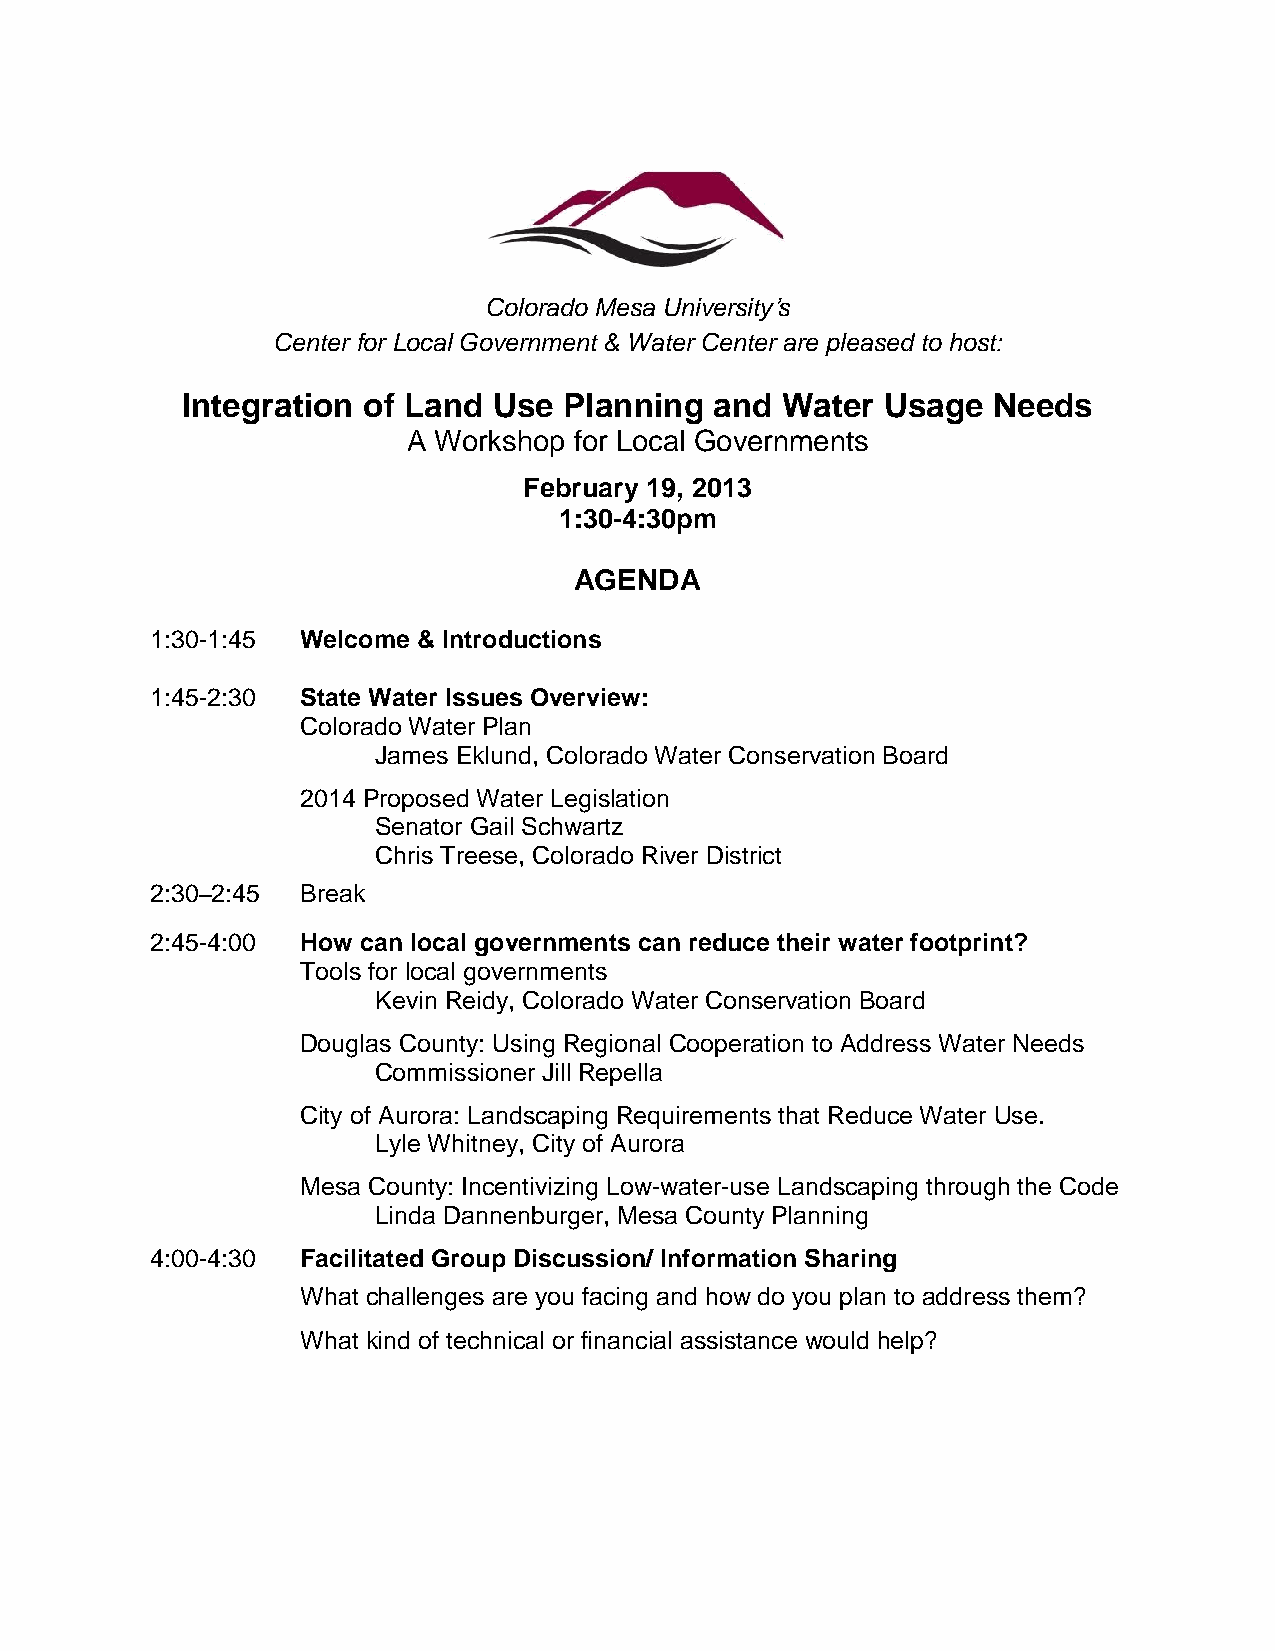
Colorado Mesa University’s
 Center for Local Government & Water Center are pleased to host:
 Integration of Land  Use Planning  and  Water  Usage  Needs
 A Workshop for Local Governments
 February 19, 2013
 1:30-4:30pm
 AGENDA
 1:30-1:45 Welcome & Introductions
 1:45-2:30 State Water Issues Overview:
 Colorado Water Plan
 James Eklund, Colorado Water Conservation Board
 2014 Proposed Water Legislation
 Senator Gail Schwartz
 Chris Treese, Colorado River District
 2:30–2:45 Break
 2:45-4:00 How can local governments can reduce their water footprint?
 Tools for local governments
 Kevin Reidy, Colorado Water Conservation Board
 Douglas County: Using Regional Cooperation to Address Water Needs
 Commissioner Jill Repella
 City of Aurora: Landscaping Requirements that Reduce Water Use.
 Lyle Whitney, City of Aurora
 Mesa County: Incentivizing Low-water-use Landscaping through the Code
 Linda Dannenburger, Mesa County Planning
 4:00-4:30 Facilitated Group Discussion/ Information Sharing
 What challenges are you facing and how do you plan to address them?
 What kind of technical or financial assistance would help?